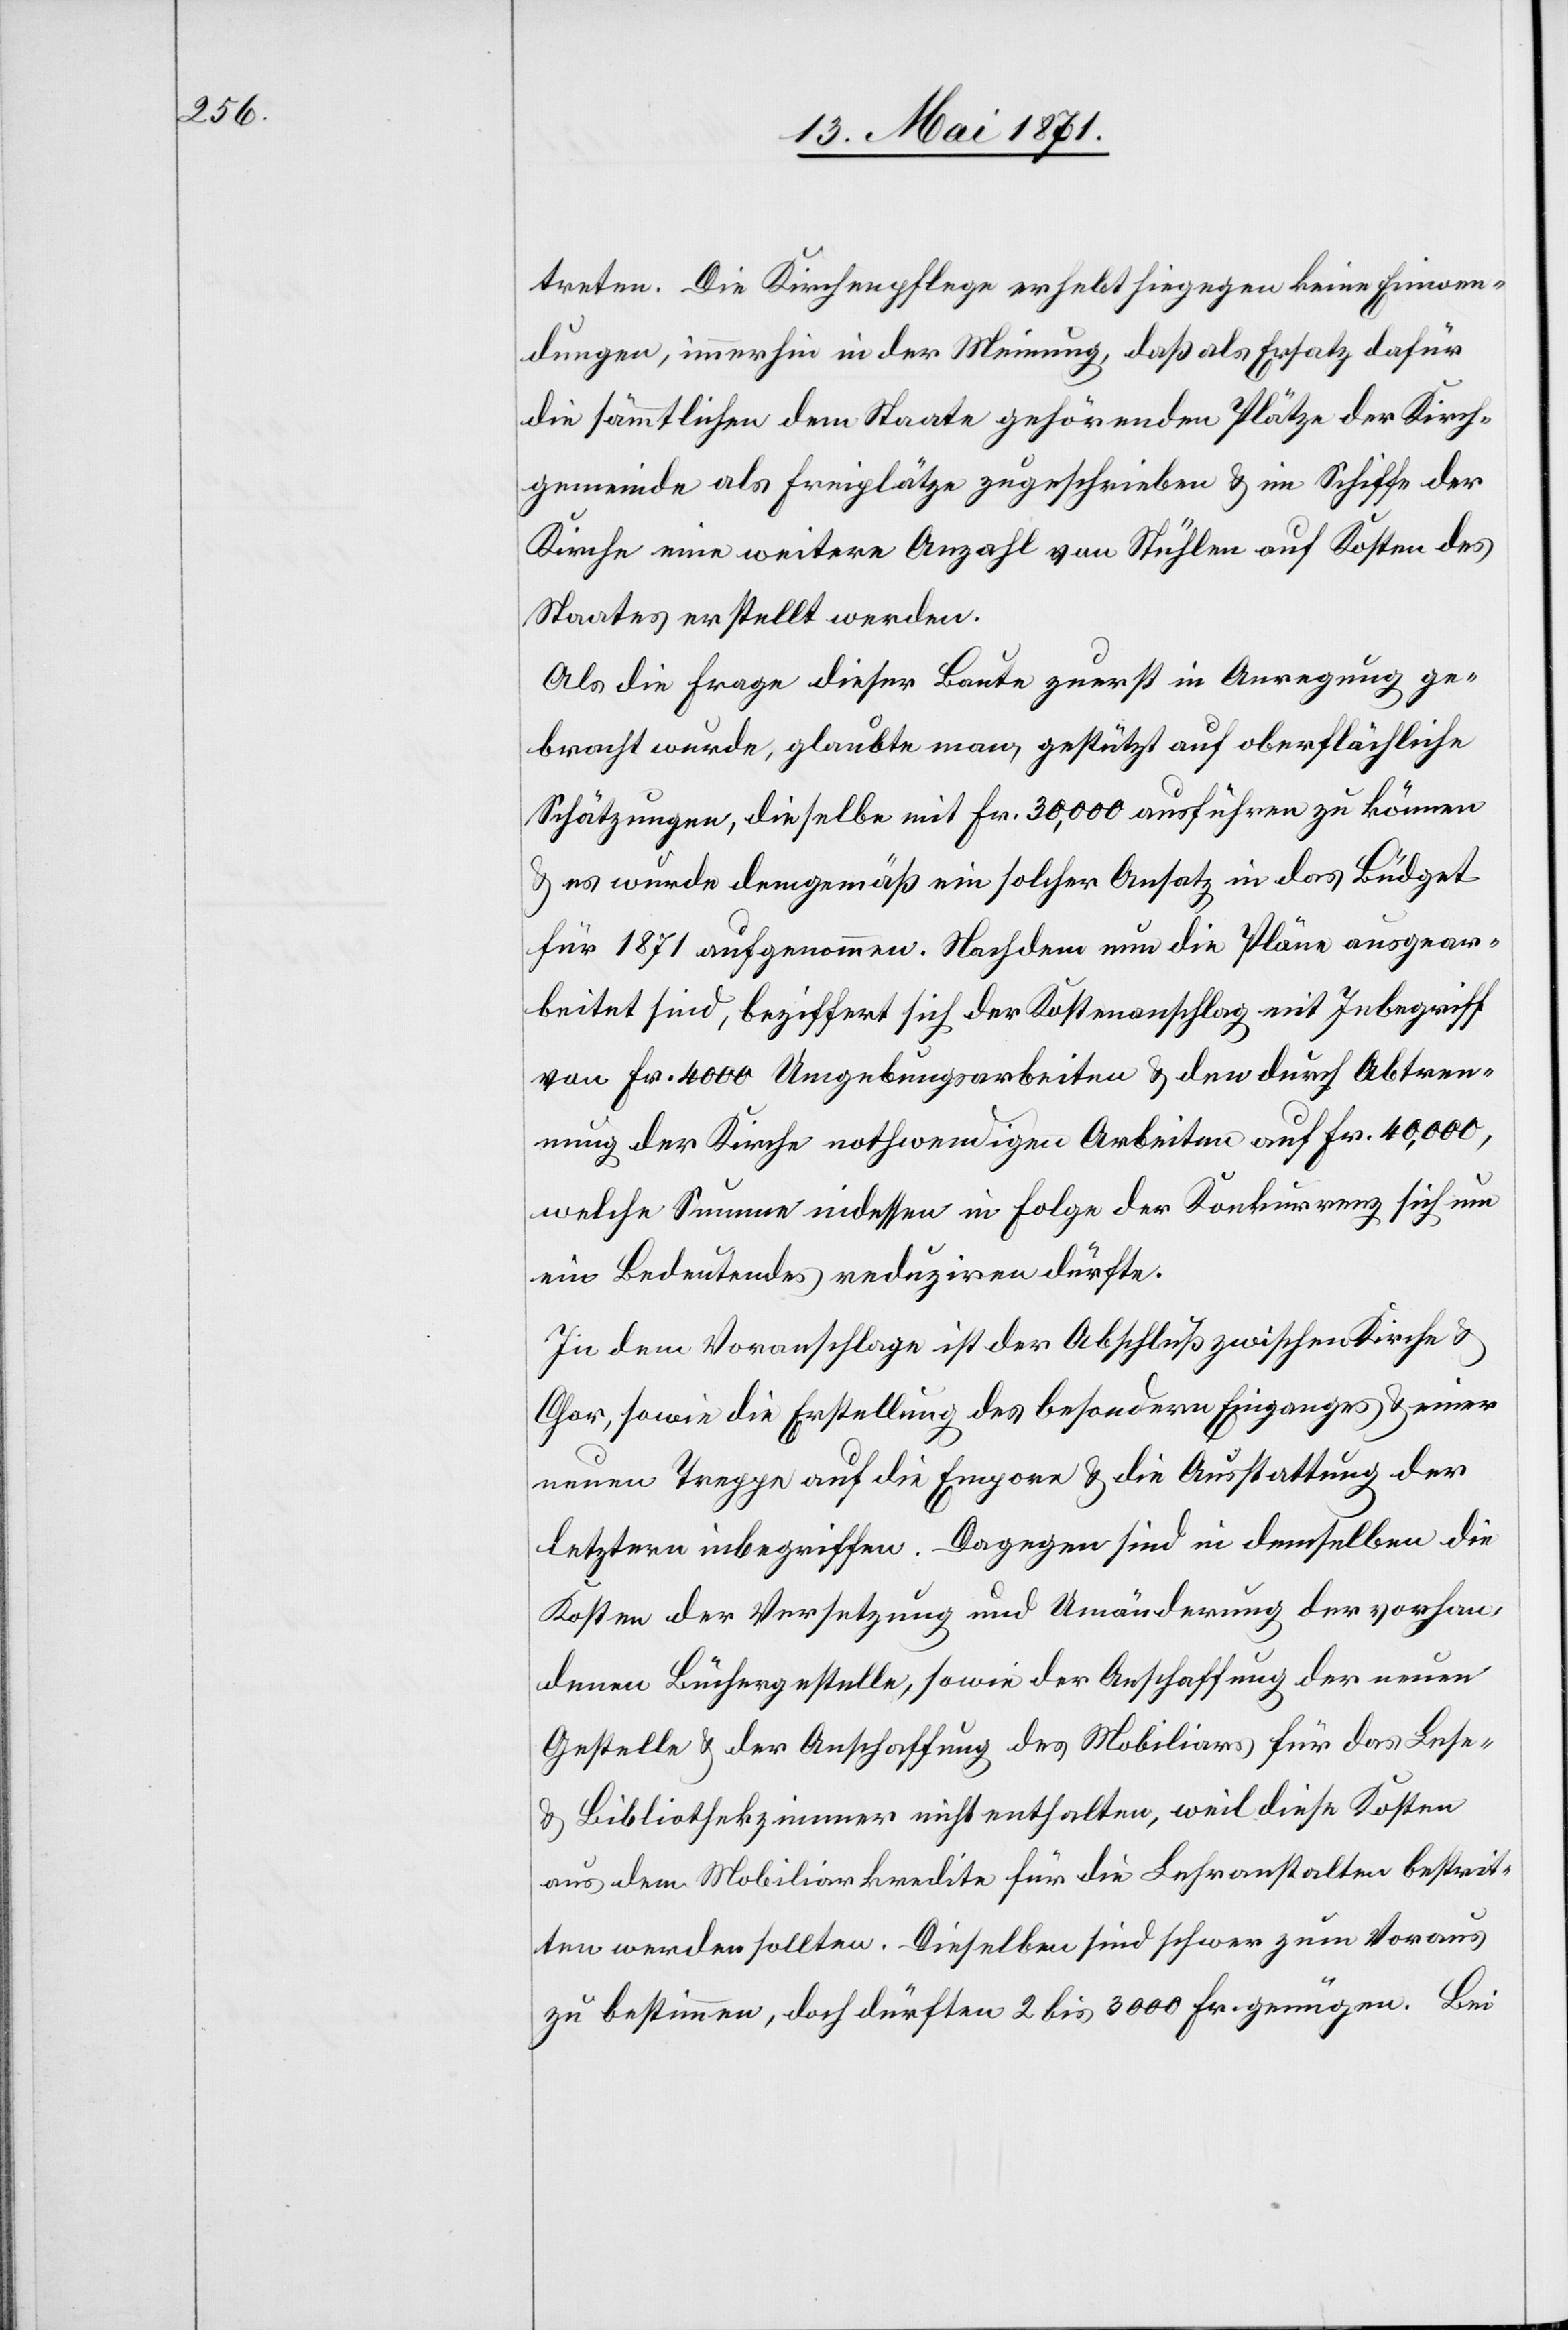
treten. Die Kirchenpflege erhebt hiegegen keine Einwen¬
dungen, immerhin in der Meinung, daß als Ersatz dafür
die sämmtlichen dem Staate gehörenden Plätze der Kirch¬
gemeinde als Freiplätze zugeschrieben u. im Schiffe der
Kirche eine weitere Anzahl von Stühlen auf Kosten des
Staates erstellt werden.
Als die Frage dieser Baute zuerst in Anregung ge¬
bracht wurde, glaubte man, gestützt auf oberflächliche
Schätzungen, dieselbe mit Fr. 30,000 ausführen zu können
u. es wurde demgemäß ein solcher Ansatz in das Büdget
für 1871 aufgenommen. Nachdem nun die Pläne ausgear¬
beitet sind, beziffert sich der Kostenanschlag mit Inbegriff
von Fr. 4000 Umgebungsarbeiten u. den durch Abtret¬
ung der Kirche nothwendigen Arbeiten auf Fr. 40,000,
welche Summe indessen in Folge der Konkurrenz sich um
ein Bedeutendes reduziren dürfte.
In dem Voranschlage ist der Abschluß zwischen Kirche u.
Chor, sowie die Erstellung des besondern Einganges u. einer
neuen Treppe auf die Empore u. die Ausstattung der
letztern inbegriffen. Dagegen sind in demselben die
Kosten der Versetzung und Umänderung der vorhan¬
denen Büchergestelle, sowie der Anschaffung der neuen
Gestelle u. der Anschaffung des Mobiliars für das Lese-
u. Bibliothekzimmer nicht enthalten, weil diese Kosten
aus dem Mobiliarkredite für die Lehranstalten bestrit¬
ten werden sollten. Dieselben sind schwer zum Voraus
zu bestimmen, doch dürften 2 bis 3000 Fr. genügen. Bei